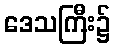
ဒေသကြီး၌